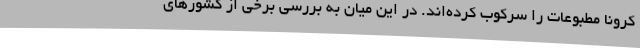
کرونا مطبوعات را سرکوب کرده‌اند. در این میان به بررسی برخی از کشورهای